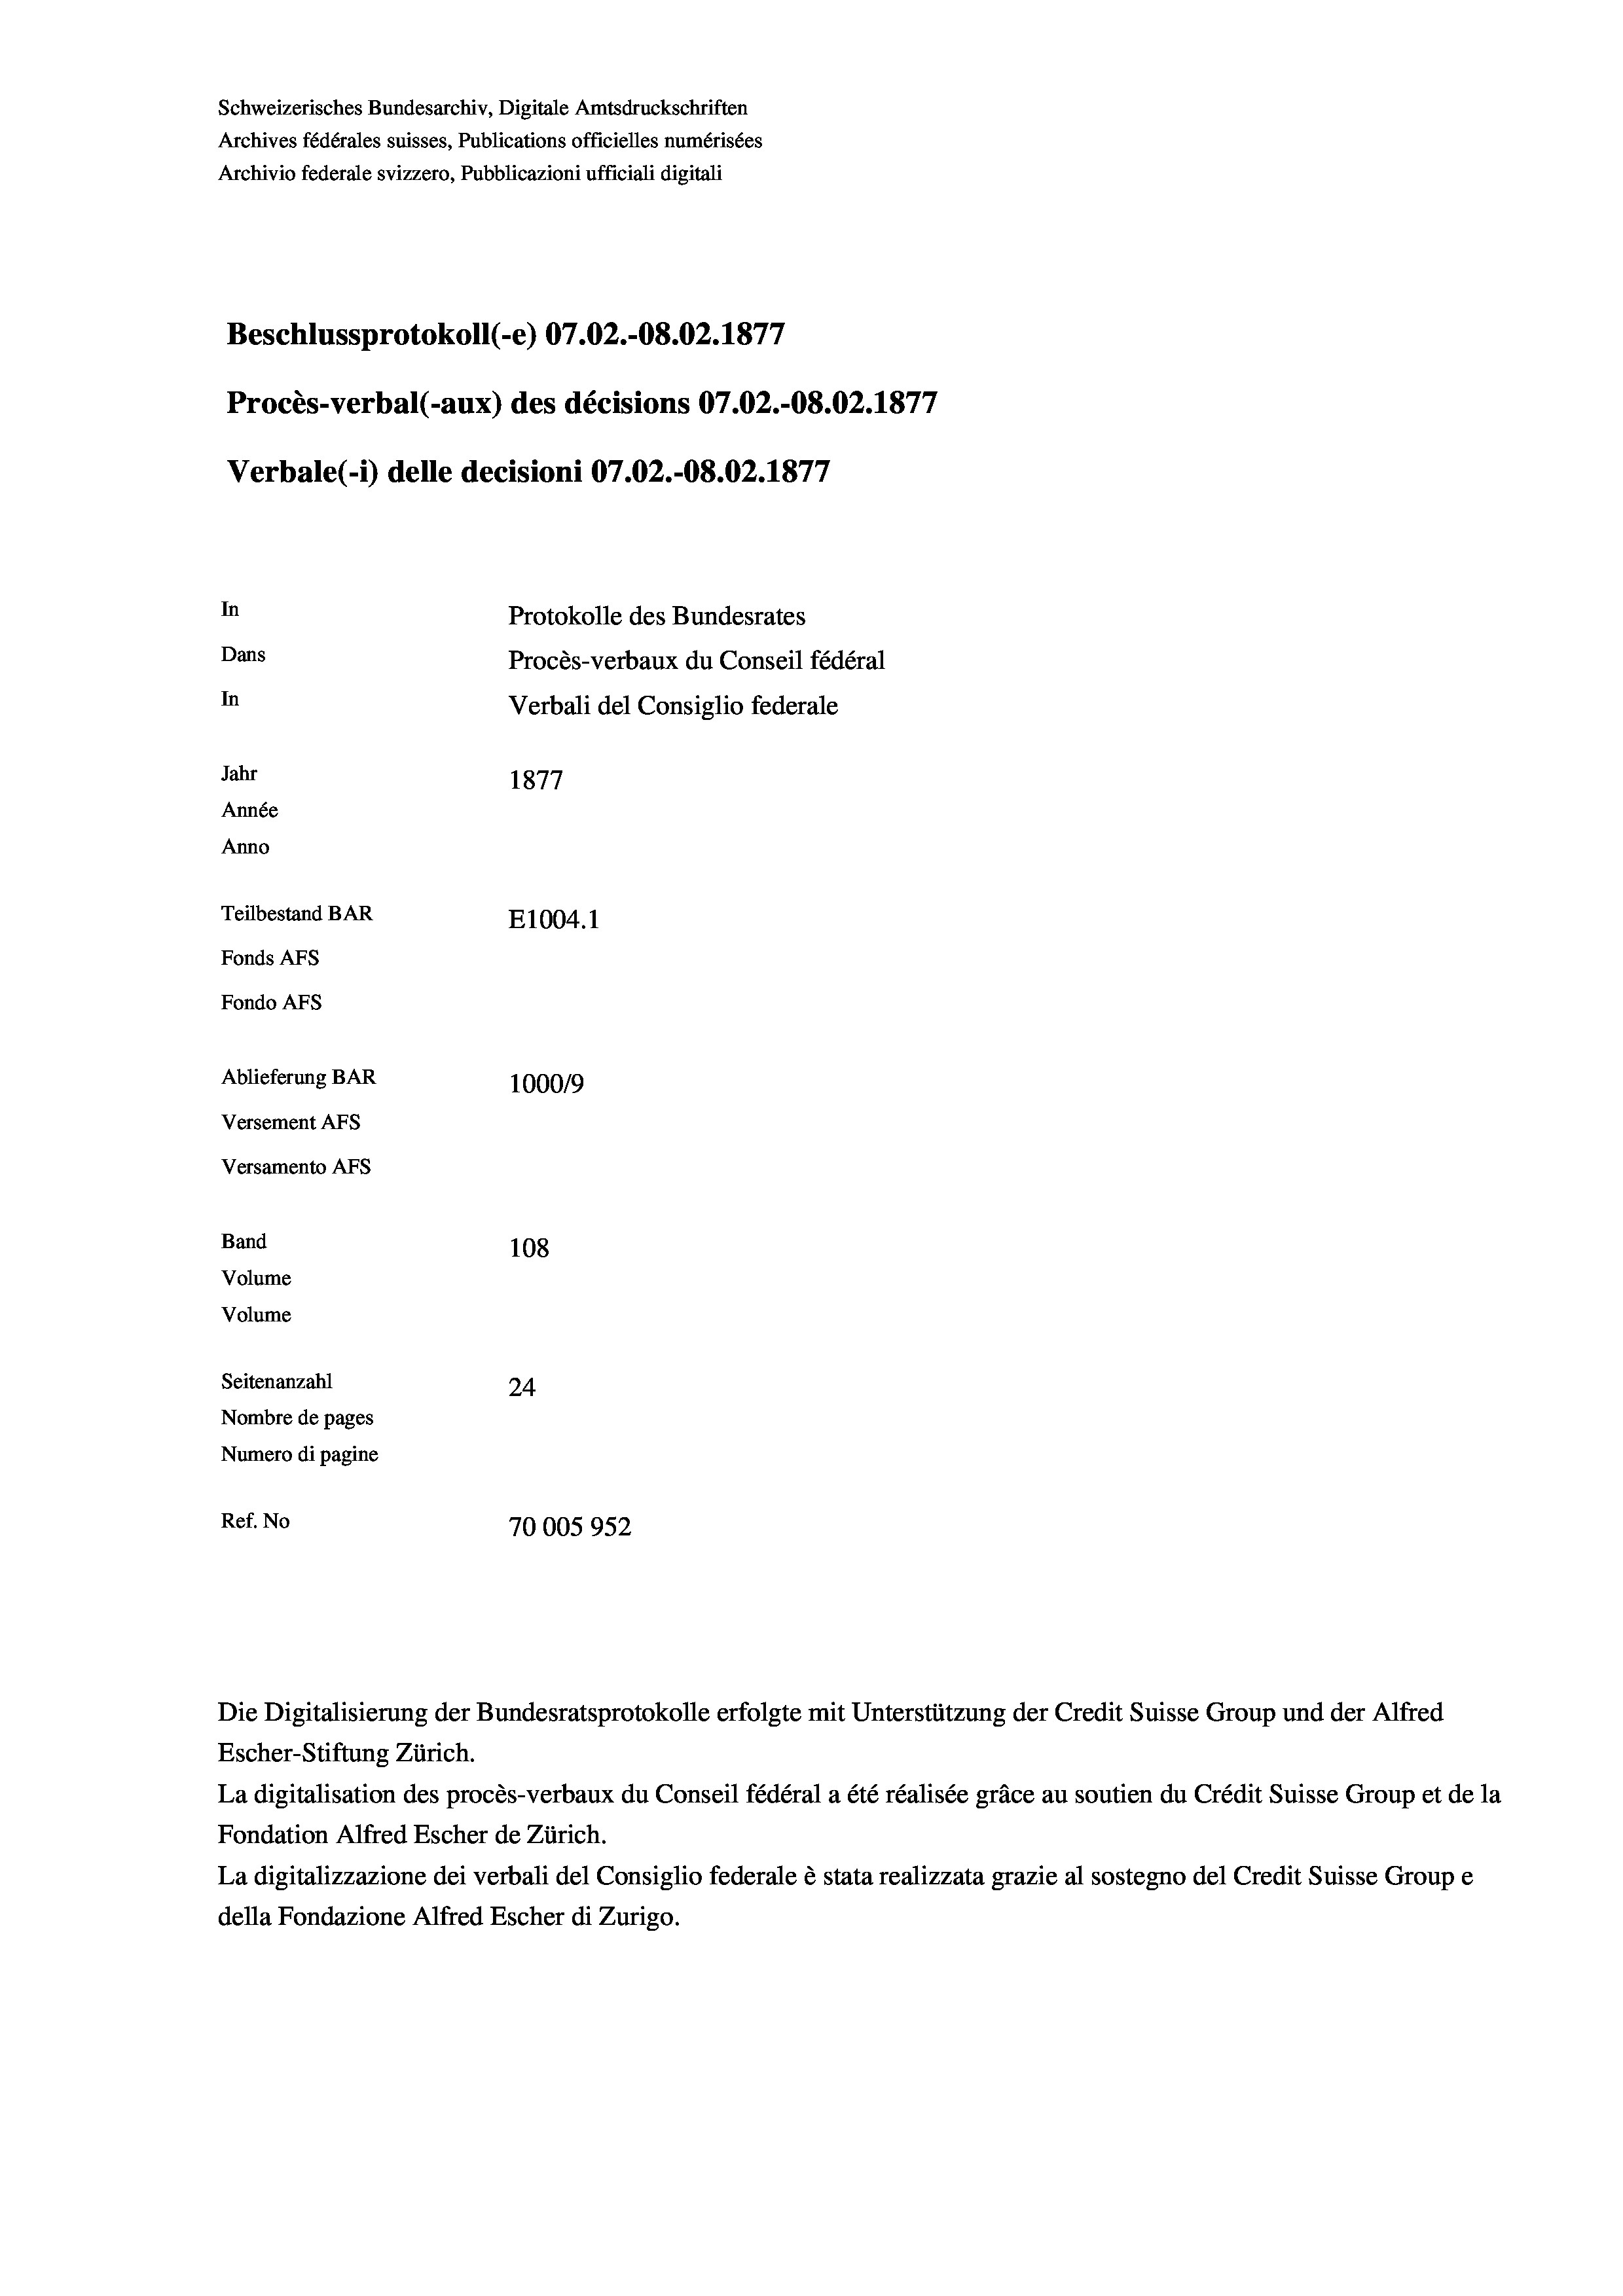
Beschlussprotokoll (-e) 07.02.-O8.02. 1877
Procès-verbal (-aux) des décisions 07.02.-O8.02. 1877
In
Protokolle des Bundesrates
Dans
Procès-verbaux du Conseil fédéral
In
Verbali del Consiglio federale
Jahr
1877
Année
Anno
Teilbestand BAR
E1004.1
Fonds AFs
Fondo AFS
Ablieferung BAR
100019
Versement AFs
Versamento Afs

Band
Volume
Volume
Seitenanzahl

Schweizerisches Bundesarchiv, Digitale Amtsdruckschriften
Archives fédérales suisses, Publications officielles numérisées
Archivio federale svizzero, Pubblicazioni ufficiali digitali

Verbale (i) delle decisioni 07.02.-O8.02. 1877

108
24
Nombre de pages
Numero di pagine
Ref. No
70005952

Escher-Stiftung Zürich.
La digitalisation des procès-verbaux du Conseil fédéral a été réalisée gräce au soutien du Crédit Suisse Group et de la
Fondation Alfred Escher de Zürich.
La digitalizzazione dei verbali del Consiglio federale è stata realizzata grazie al sostegno del Credit Suisse Groupe
della Fondazione Alfred Escher di Zurigo.

Die Digitalisierung der Bundesratsprotokolle erfolgte mit Unterstützung der Credit Suisse Group und der Alfred